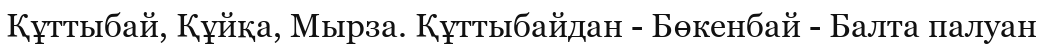
Құттыбай, Құйқа, Мырза. Құттыбайдан - Бөкенбай - Балта палуан